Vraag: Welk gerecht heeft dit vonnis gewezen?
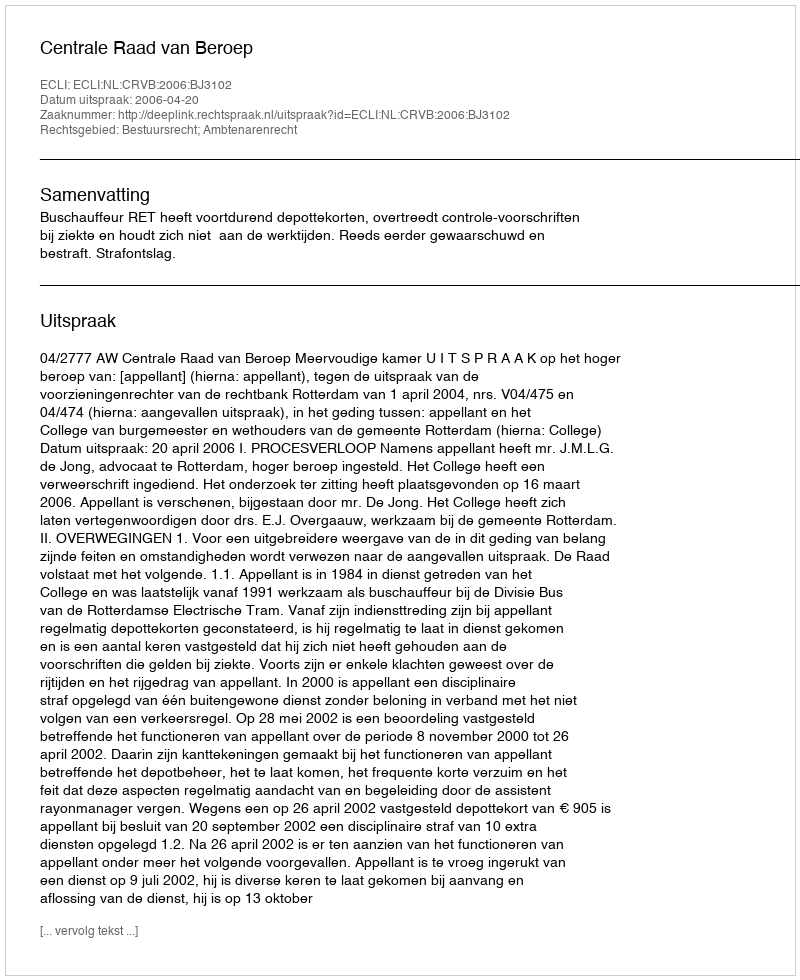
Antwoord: Centrale Raad van Beroep